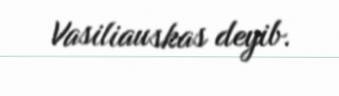
Vasiliauskas deyib.